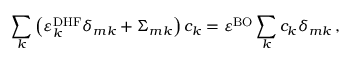
\sum _ { k } \left( \varepsilon _ { k } ^ { \mathrm { D H F } } \delta _ { m k } + \Sigma _ { m k } \right) c _ { k } = \varepsilon ^ { \mathrm { B O } } \sum _ { k } c _ { k } \delta _ { m k } \, ,